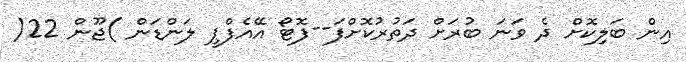
އިން ބަލިކޮށް ދެ ވަނަ ބުރަށް ދަތުރުކޮށްފަ--ފޮޓޯ އޭއެފްޕީ ލަންޑަން )ޖޫން 22(